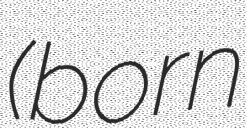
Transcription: (born